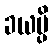
ခယမ္ပိ